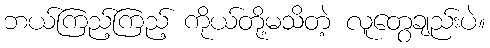
ဘယ်ကြည့်ကြည့် ကိုယ်တို့မသိတဲ့ လူတွေချည်းပဲ။